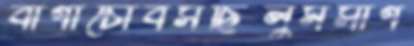
বাগাচোবসছিলুমসাগ